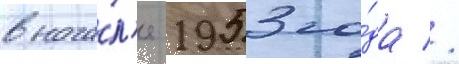
внача́л'е 1953 го́да //